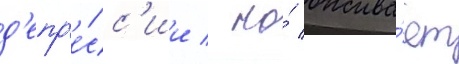
д'епр'е́сс'ии / но́ ожива́ет